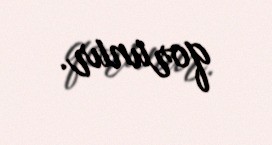
qorunur.